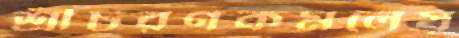
শ্রীচরণকমলেষু